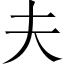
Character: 夫